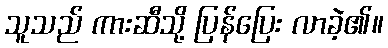
သူသည် ကားဆီသို့ ပြန်ပြေး လာခဲ့၏။